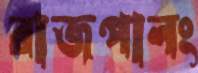
রাজপালং